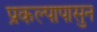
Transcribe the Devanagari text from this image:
प्रकल्पापासुन